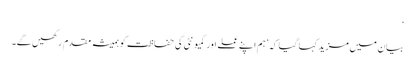
‘
بیان میں مزید کہا گیا کہ ’ہم اپنے عملے اور کمیونٹی کی حفاظت کو ہمیشہ مقدم رکھیں گے۔